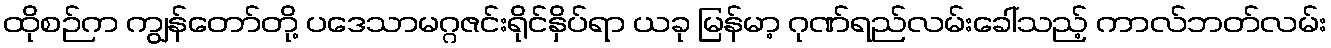
ထိုစဉ်က ကျွန်တော်တို့ ပဒေသာမဂ္ဂဇင်းရိုင်နှိပ်ရာ ယခု မြန်မာ့ ဂုဏ်ရည်လမ်းခေါ်သည့် ကာလ်ဘတ်လမ်း